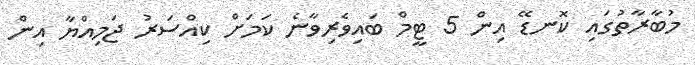
މުބާރާތުގައި ކޮނޑޭ އިން 5 ޓީމް ބައިވެރިވާނެ ކަމަށް ކިއްސަރު ޖަމިއްޔާ އިން